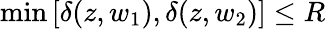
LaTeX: {\operatorname*{min}\left[\delta(z,w_{1}),\delta(z,w_{2})\right]\leq R}